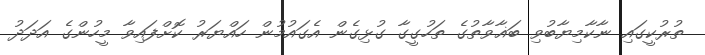
ތުރުކީގައި ނާކާމިޔާބުވި ބަޣާވާތުގެ ތަހުގީގާ ގުޅިގެން އެގައުމުން ހައްޔަރު ކޮށްފައިވާ މީހުންގެ އަދަދު